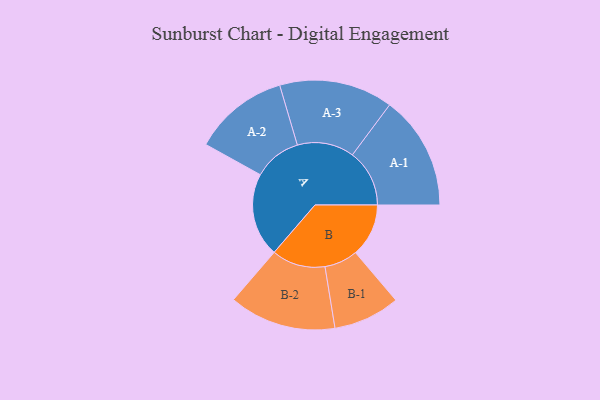
{"axis": {"x": "Segment", "y": "Value"}, "legend": ["", "A", "B"], "data": [{"x": "A", "y": 402, "type": ""}, {"x": "B", "y": 255, "type": ""}, {"x": "A-1", "y": 274, "type": "A"}, {"x": "A-2", "y": 229, "type": "A"}, {"x": "A-3", "y": 273, "type": "A"}, {"x": "B-1", "y": 160, "type": "B"}, {"x": "B-2", "y": 257, "type": "B"}]}